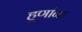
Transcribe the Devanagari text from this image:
हूणांना